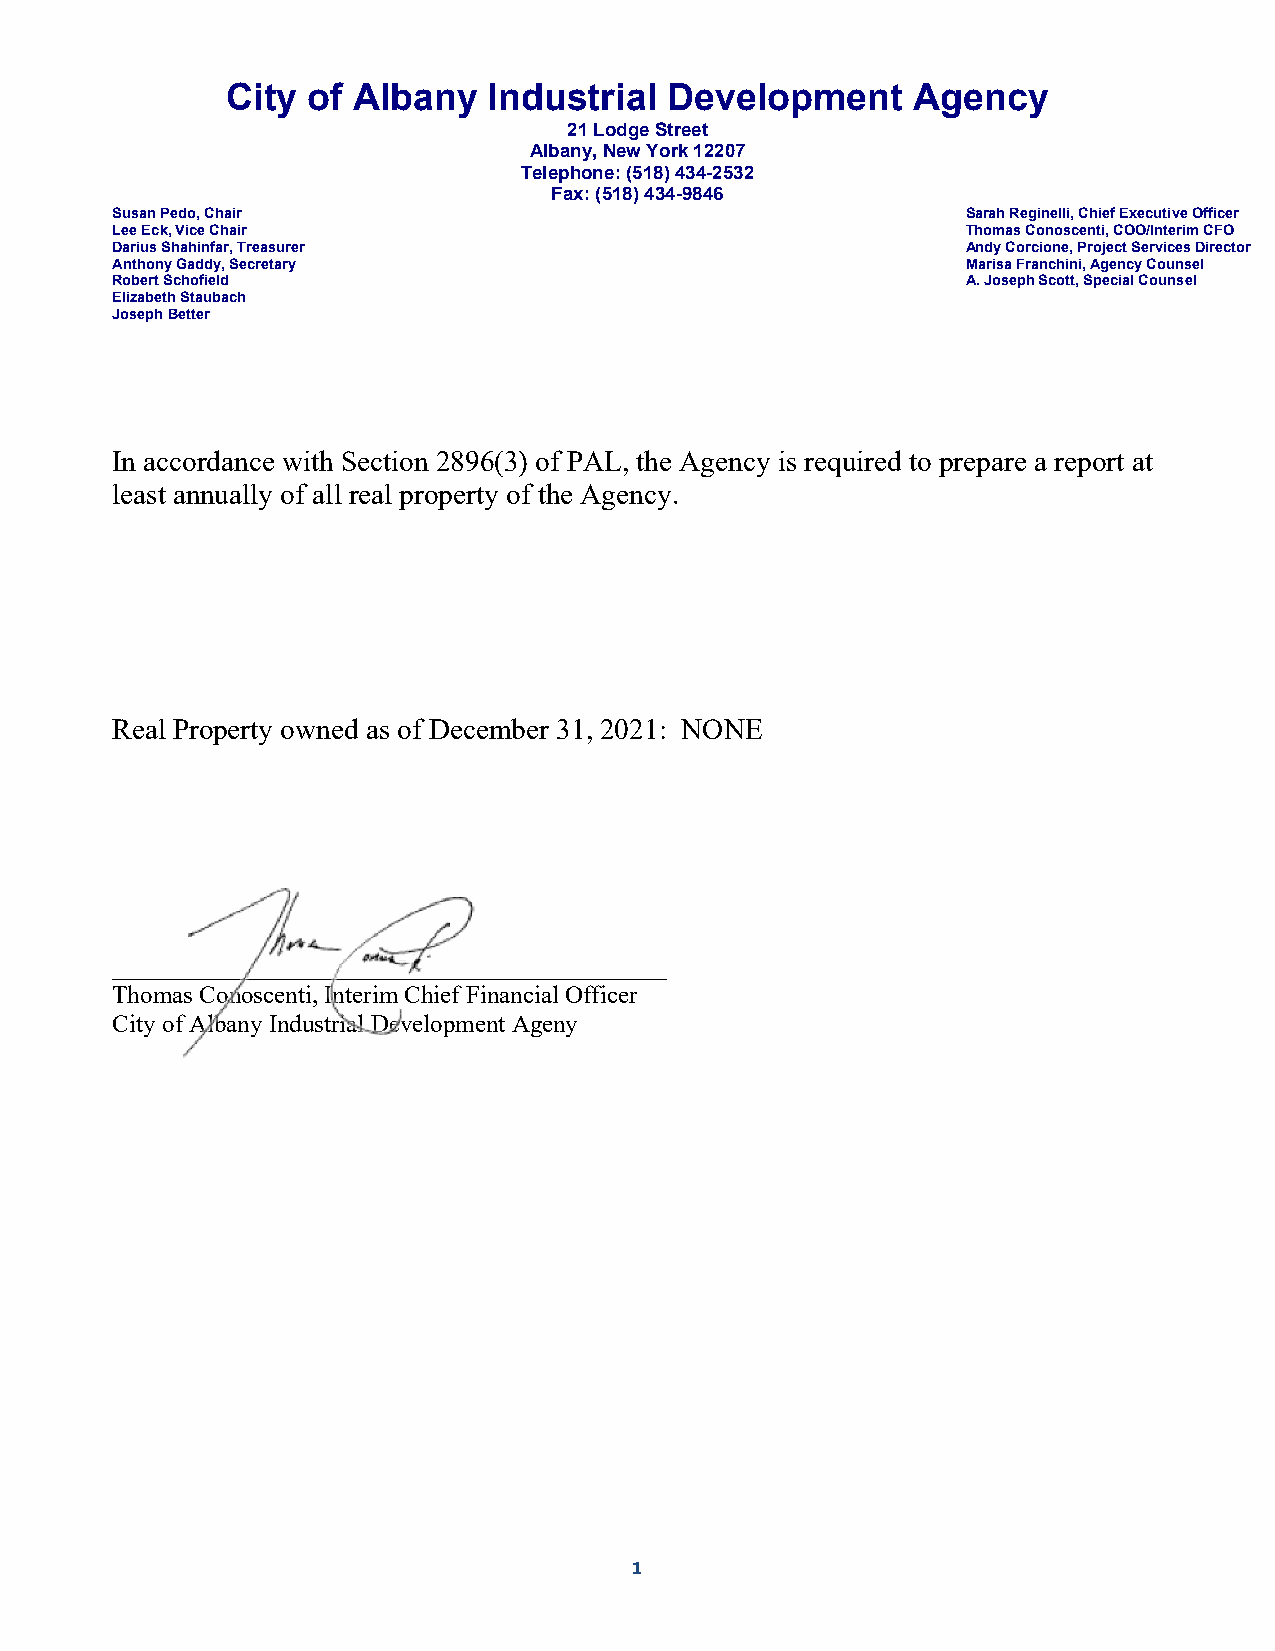
City of Albany   Industrial  Development     Agency
 21 Lodge Street
 Albany, New York 12207
 Telephone: (518) 434-2532
 Fax: (518) 434-9846
 Susan Pedo, Chair                                        Sarah Reginelli, Chief Executive Officer
 Lee Eck, Vice Chair                                      Thomas Conoscenti, COO/Interim CFO
 Darius Shahinfar, Treasurer                              Andy Corcione, Project Services Director
 Anthony Gaddy, Secretary                                 Marisa Franchini, Agency Counsel
 Robert Schofield                                         A. Joseph Scott, Special Counsel
 Elizabeth Staubach
 Joseph Better
 In accordance with Section 2896(3) of PAL, the Agency is required to prepare a report at
 least annually of all real property of the Agency.
 Real Property owned as of December 31, 2021: NONE
 ______________________________________
 Thomas Conoscenti, Interim Chief Financial Officer
 City of Albany Industrial Development Ageny
 1